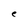
Character: e